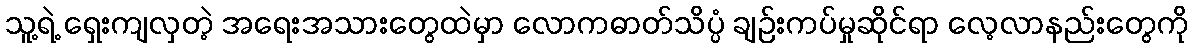
သူ့ရဲ့ ရှေးကျလှတဲ့ အရေးအသားတွေထဲမှာ လောကဓာတ်သိပ္ပံ ချဉ်းကပ်မှုဆိုင်ရာ လေ့လာနည်းတွေကို